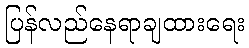
ပြန်လည်နေရာချထားရေး